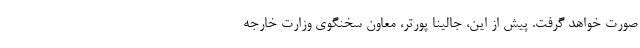
صورت خواهد گرفت. پیش از این، جالینا پورتر، معاون سخنگوی وزارت خارجه